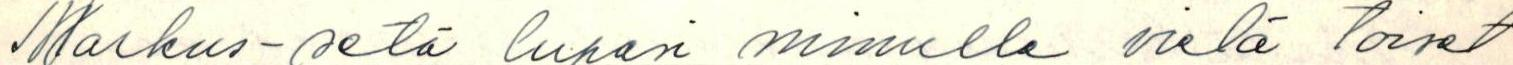
Markus-setä lupasi minulle vielä toiset